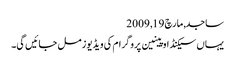
ساجد, ‏مارچ 19, 2009
یہاں سیکنڈ اوپینین پروگرام کی ویڈیوز مل جائیں گی۔